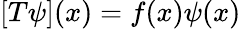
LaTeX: [T\psi](x)=f(x)\psi(x)